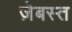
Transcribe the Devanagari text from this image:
ज़ेबस्त